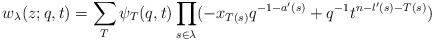
LaTeX: \begin{align*}w_\lambda(z; q, t) = \sum_{T} \psi_T(q,t) \prod_{s\in\lambda} ( - x_{T(s)} q^{-1-a'(s)} + q^{-1} t^{n -l'(s) -T(s)} ) \end{align*}